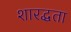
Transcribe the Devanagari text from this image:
शारद्धता